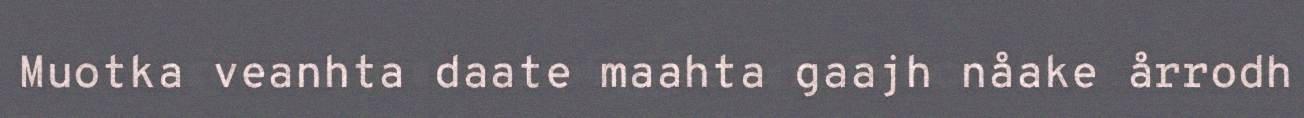
Muotka veanhta daate maahta gaajh nåake årrodh